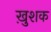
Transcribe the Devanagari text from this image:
ख़ुशक